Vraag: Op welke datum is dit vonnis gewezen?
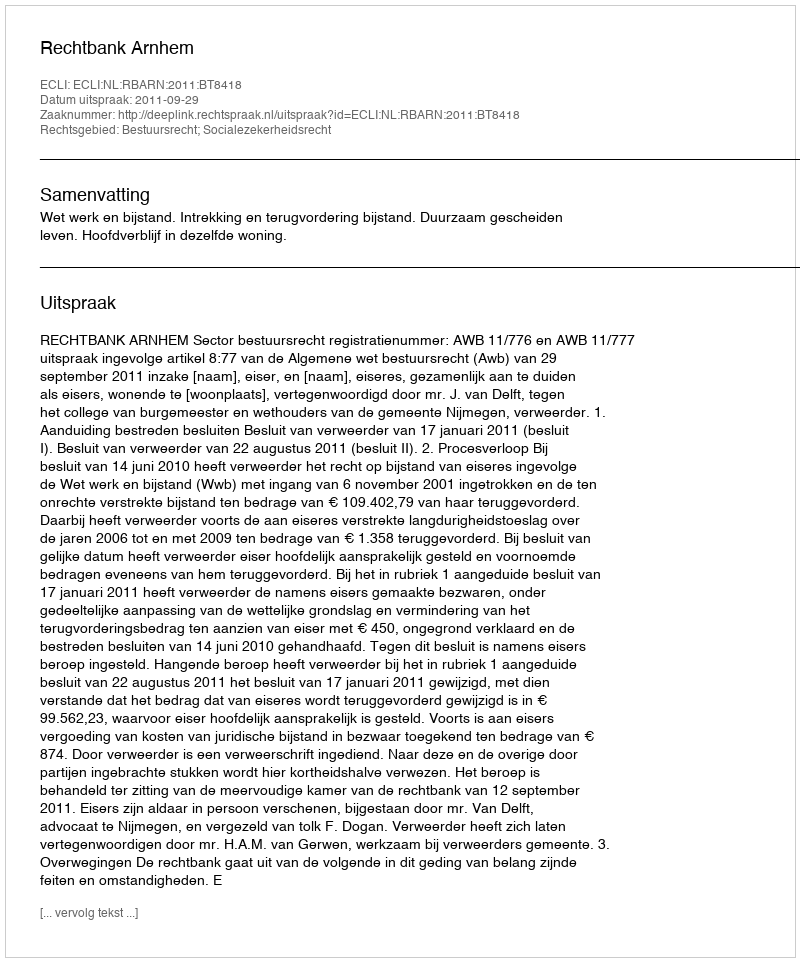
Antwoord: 2011-09-29